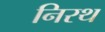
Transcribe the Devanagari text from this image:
निरथ